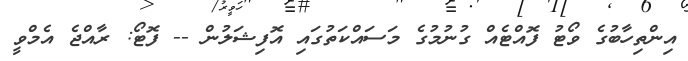
އިންތިހާބުގެ ވޯޓު ފޮއްޓެއް ގުނުމުގެ މަސައްކަތުގައި އޮފިޝަލުން -- ފޮޓޯ: ރާއްޖެ އެމްވީ